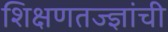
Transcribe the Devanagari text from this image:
शिक्षणतज्ज्ञांची